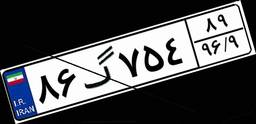
۸۶گ۷۵۴۸۹